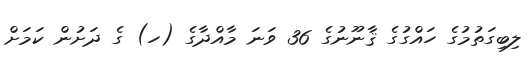
ލިބިގަތުމުގެ ހައްގުގެ ޤާނޫނުގެ 36 ވަނަ މާއްދާގެ (ހ) ގެ ދަށުން ކަމަށް